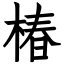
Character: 椿